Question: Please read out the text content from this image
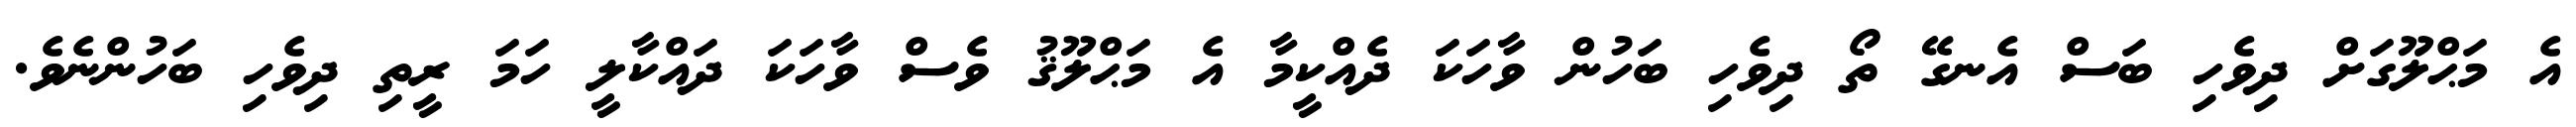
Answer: އެ މަޙްލޫގަށް ދިވެހި ބަސް އެނގޭ ތޯ ދިވެހި ބަހުން ވާހަކަ ދެއްކީމާ އެ މަޙްލޫޤު ވެސް ވާހަކަ ދައްކާލީ ހަމަ ރީތި ދިވެހި ބަހުންނެވެ.